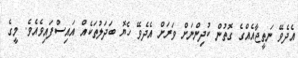
އެދެވޭ ނަތީޖާއެއްގެ ގޮތުން ކުދިންނަށް ވަރަށް އެދެވޭ ހެޔޮ ބަދަލުތަކެއް އައިސްފައިވެއެވެ. މީގެ